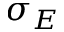
\sigma _ { E }